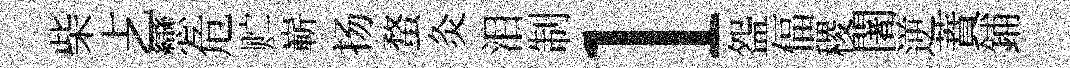
柴𠧒戀危贮嶄扬蝥灸泪制l盌偪稷闍逆蕡鋪